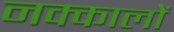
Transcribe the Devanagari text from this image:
नक्कालों